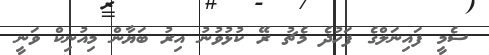
ސެމީ ފައިނަލްގެ ފަހުދެ މެޗު ރޭ ކުޅުވުނު އިރު ބަޔާން މިއުނިކް ވަނީ